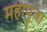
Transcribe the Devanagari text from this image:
महापुजा